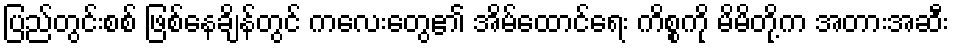
ပြည်တွင်းစစ် ဖြစ်နေချိန်တွင် ကလေးတွေ၏ အိမ်ထောင်ရေး ကိစ္စကို မိမိတို့က အတားအဆီး